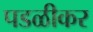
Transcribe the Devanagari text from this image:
पडळीकर